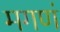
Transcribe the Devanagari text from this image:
मगणं